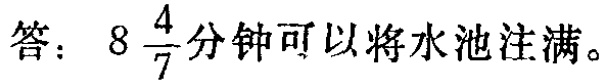
答： \(8\frac{4}{7}\)分钟可以将水池注满。